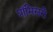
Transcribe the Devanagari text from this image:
प्रॉमिसरी